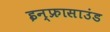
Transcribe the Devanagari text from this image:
इन्फ्रासाउंड